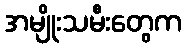
အမျိုးသမီးတွေက